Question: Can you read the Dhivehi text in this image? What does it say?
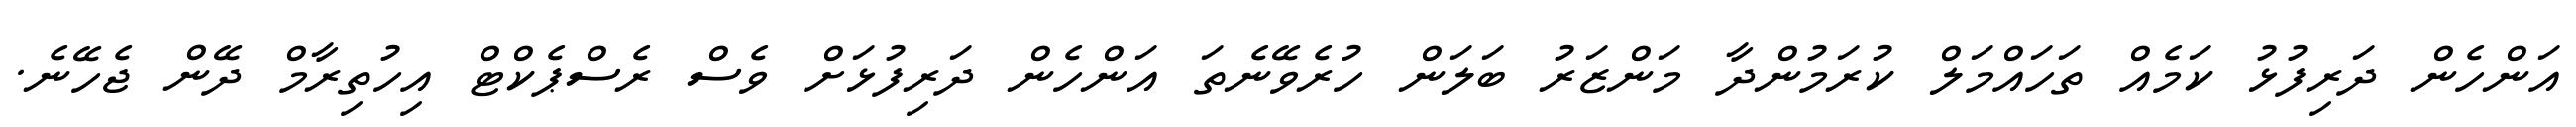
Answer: އަންހެން ދަރިފުޅު ކަމެއް ތަހައްމަލް ކުރަމުންދާ މަންޒަރު ބަލަން ހުރެވޭނެތަ އަންހެން ދަރިފުޅަށް ވެސް ރެސްޕެކްޓް އިހުތިރާމް ދޭން ޖެހޭނެ.